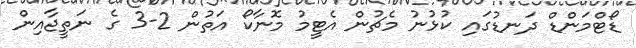
ޑޯޓްމަންޑް ދަނޑުގައި ކުޅުނު މެޗުން އެޓީމު މޮނާކޯ އަތުން 2-3 ގެ ނަތީޖާއިން